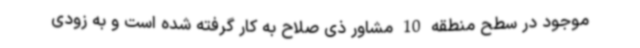
موجود در سطح منطقه 10 مشاور ذی صلاح به کار گرفته شده است و به زودی